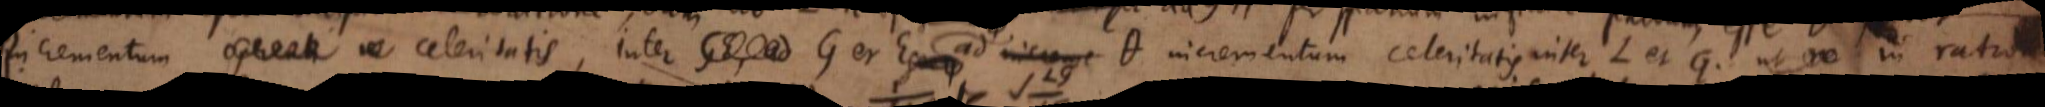
incrementum operculi in celeritatis, inter GE ad G et E ad Θ incrementum celeritatis inter L et G ut re in ratione